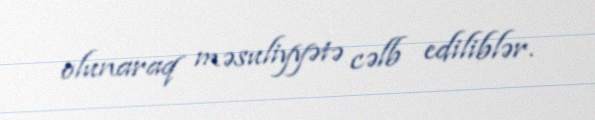
olunaraq məsuliyyətə cəlb ediliblər.